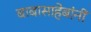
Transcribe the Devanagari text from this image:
बाबासाहेबांनीं